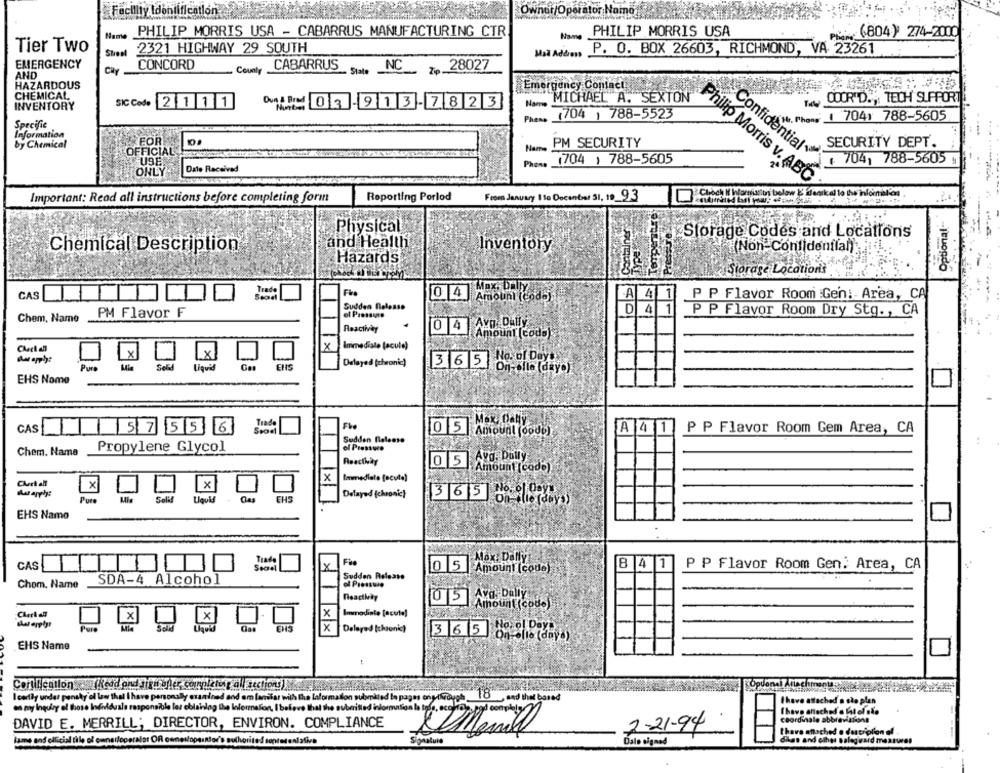
Facility Identification
Ownor/Operator Name
Name
PHILIP MORRIS USA - CABARRUS MANUFACTURING CTR
Mam
PHILIP MORRIS USA
PŘ (804) 274-2000
Tier Two
2321 HIGHWAY 29 SOUTH
Mal Address
,P. O. BOX 26603, RICHMOND, VA 23261
EMERGENCY
car
CONCORD
County CABARRUS
State
NC
28027
AND
HAZARDOUS
Emergency Contact
CHEMICAL
MICHAEL A. SEXTON
DOOR"D ., TECH SUPPORT
INVENTORY
SIC Code 2 1 1 1
Dva/ Brad 03-913-7823
(704 ) 788-5523
They 1 7041 788-5605
Pheno
Specific
Information
FOR
by Chemical
Name PM SECURITY
SECURITY DEPT.
OFFICIAL
Confidential
USE
Phone (704) 788-5605
+ 704, 788-5605
ONLY
Date Received
Philip Morris v. ABC
Choch If Wfornianus below &' denskal to the info
Important: Read all instructions before completing form
Reporting Porlod
From January 1 to Docenter 51, 19_93
Optional
Physical
Storage Codes and Locations
Chemical Description
and Health
Inventory
(Non-Confidenflan) ..
Hazards
Storage Locations
CAS
Trade
0 4
·A
4 1
P P Flavor Room :Gen: Area, CA
Amount (coda)
Sudden Release
Chem, Name
PM Flavor F
D 4
P P Flavor Room Dry Stg. , CA
AvD: Dally
Reactivey
0 4
Amount (coda)
x
Irrimediale facula)
Lx
No. of Days
Delayed (etwanic)
365
Pura
Sold
Liquid
CHS
I On-elle (dayo)
EHS Nome
Max: Dally
Trade
CAS
57 5 5 6
0 5 |Amount (ood6)
A 4 1
P P Flavor Room Gem Area, CA
Sudden Release
Propylene Glycol
of Pressure
Chem. Name
Avg. Daily
Reactbay
0 5
Amount (code)
x
Immediate [acute)
x
x
Delayed (chronic}
Pure
EHS
365 NO ODPY
EHS Namo
Ix
Mox: Dally
8 4
1
P P Flavor Room Gen: Area, CA
CAS
0 5 Amount (code)
SDA-4 Alcohol
Sudden Release
Chom. Name
of Piessuie
Reactkay
0 5 |Avo Dolly
Immodinte [acute]
Amount (code)
Charlal
X
X
x
Pure
x
Delayed Icksonic)
EHS Name
Cortlication (Kedd ond dias ofler, completwir al sections)
(Optional Attachments
I certiy under pensky ol law that I have personally examined and em lanlar with the laformation submiled be pa
18
Ihave attached a são plan
en myy Inquiry of those Individuals responsible ler eblainlag the Information,
believe that the submitted information
I have ahackad a Lil el aÃo
coordinsale abbreviations
DAVID E. MERRILL; DIRECTOR, ENVIRON. COMPLIANCE
7-21-94
I have attached a description of
lame and ollicial file of constoperalot Of owner/operator's authorised sontatentativa
Signature
Dale signed
dikas and other balegward meatwe